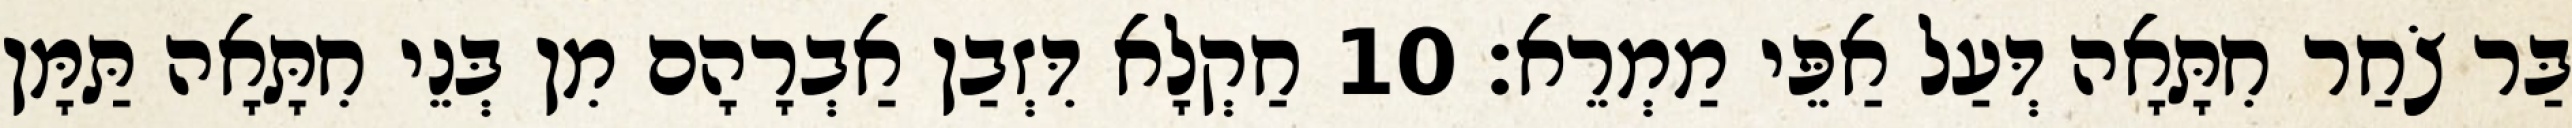
בַּר צֹחַר חִתָּאָה דְּעַל אַפֵּי מַמְרֵא׃ 10 חַקְלָא דִּזְבַן אַבְרָהָם מִן בְּנֵי חִתָּאָה תַּמָּן